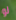
لو